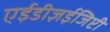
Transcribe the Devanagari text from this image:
एईडीज़ईजिप्टी